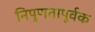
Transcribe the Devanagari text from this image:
निपुणतापूर्वक